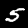
Digit: 5